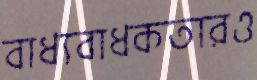
বাধ্যবাধকতারও